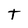
Character: T